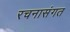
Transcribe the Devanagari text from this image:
रचनासंगत